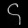
Digit: ၄